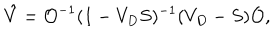
\hat { V } = { \cal O } ^ { - 1 } ( 1 - V _ { D } S ) ^ { - 1 } ( V _ { D } - S ) { \cal O } ,